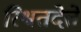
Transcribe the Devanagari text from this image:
रिश्वतदेते